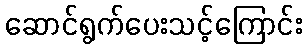
ဆောင်ရွက်ပေးသင့်ကြောင်း